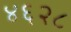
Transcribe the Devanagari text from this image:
४६२८